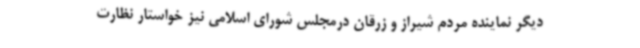
دیگر نماینده مردم شیراز و زرقان درمجلس شورای اسلامی نیز خواستار نظارت